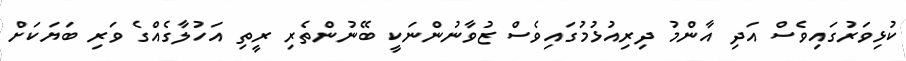
ކުޅިވަރުގައިވެސް އަދި އާންމު ދިރިއުޅުމުގައިވެސް ޒުވާނުންނަކީ ބޭނުންތެރި ރީތި އަހުލާގެއްގެ ވަރި ބަޔަކަށް